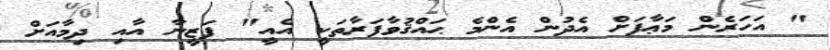
" އަހަރެން މަޢާފަށް އެދުން އެންމެ ޙައްޤުވާފަރާތަކީ އެއީ" ފަޒީނާ އާއި ދިމާއަށް